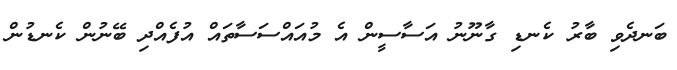
ބަނދެވި ބާރު ކެނޑި ގާނޫނު އަސާސީން އެ މުއައްސަސާތައް އުފެއްދި ބޭނުން ކެނޑުން